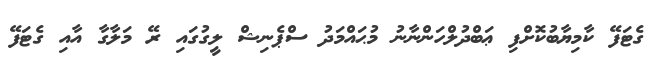
ގެޓަފޭ ކާމިޔާބުކޮށްފި ޢަބްދުލްހަންނާނު މުޙައްމަދު ސްޕެނިޝް ލީގުގައި ރޭ މަލާގާ އާއި ގެޓަފޭ